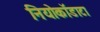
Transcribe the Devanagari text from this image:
नियोकॉडाटा